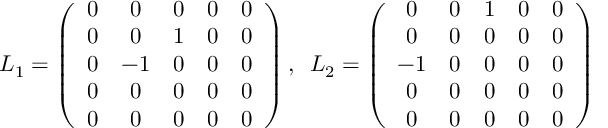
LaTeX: L _ { 1 } = \left( \begin{array} { c c c c c } { { 0 } } & { { 0 } } & { { 0 } } & { { 0 } } & { { 0 } } \\ { { 0 } } & { { 0 } } & { { 1 } } & { { 0 } } & { { 0 } } \\ { { 0 } } & { { - 1 } } & { { 0 } } & { { 0 } } & { { 0 } } \\ { { 0 } } & { { 0 } } & { { 0 } } & { { 0 } } & { { 0 } } \\ { { 0 } } & { { 0 } } & { { 0 } } & { { 0 } } & { { 0 } } \end{array} \right) , \, \, \, L _ { 2 } = \left( \begin{array} { c c c c c } { { 0 } } & { { 0 } } & { { 1 } } & { { 0 } } & { { 0 } } \\ { { 0 } } & { { 0 } } & { { 0 } } & { { 0 } } & { { 0 } } \\ { { - 1 } } & { { 0 } } & { { 0 } } & { { 0 } } & { { 0 } } \\ { { 0 } } & { { 0 } } & { { 0 } } & { { 0 } } & { { 0 } } \\ { { 0 } } & { { 0 } } & { { 0 } } & { { 0 } } & { { 0 } } \end{array} \right)